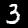
Label: 3